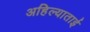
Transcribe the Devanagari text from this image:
अहिल्याताई